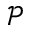
\mathcal { P }